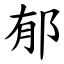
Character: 郁